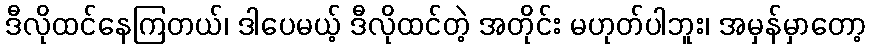
ဒီလိုထင်နေကြတယ်၊ ဒါပေမယ့် ဒီလိုထင်တဲ့ အတိုင်း မဟုတ်ပါဘူး၊ အမှန်မှာတော့